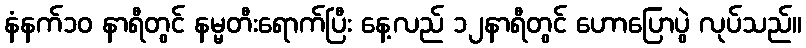
နံနက်၁၀ နာရီတွင် နမ္မတီးရောက်ပြီး နေ့လည် ၁၂နာရီတွင် ဟောပြောပွဲ လုပ်သည်။